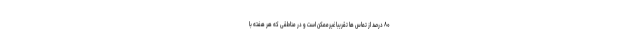
۸۰ درصد از تماس ها تقریباً غیرممکن است و در مناطقی که هر هفته با